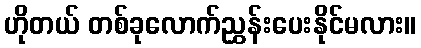
ဟိုတယ် တစ်ခုလောက်ညွှန်းပေးနိုင်မလား။